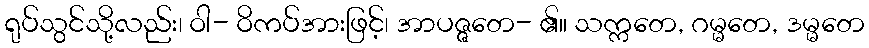
ရုပ်သွင်သို့လည်း၊ ဝါ- ဝိကပ်အားဖြင့်၊ အာပဇ္ဇတေ- ၏။ သက္ကတေ, ဂမ္မတေ, ဒမ္မတေ